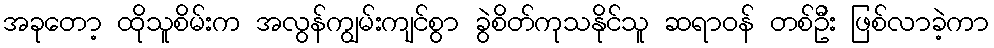
အခုတော့ ထိုသူစိမ်းက အလွန်ကျွမ်းကျင်စွာ ခွဲစိတ်ကုသနိုင်သူ ဆရာဝန် တစ်ဦး ဖြစ်လာခဲ့ကာ